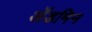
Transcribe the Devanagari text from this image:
ॲडमिन